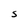
Character: S